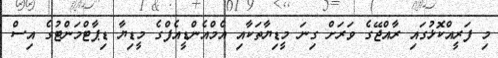
މި ފަރީއްކޮޅުގައި ރާއްޖޭގެ ވަރަށް ގިނަ މީޑިޔާތަކާއި އެމްއެންޑީއެފްގެ މީޑިޔާ ޑިޕާޓްމަންޓުގެ އިސް